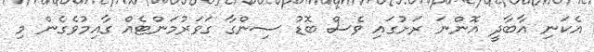
އެކަނި އާބާދީ އޮންނަ ރަށުގައި ވެސް ބޮޑު ސިންގާ ގަވަރުމަންޓެއް ގާއިމުވެގެން މި